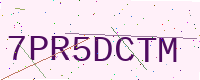
Text: 7PR5DCTM